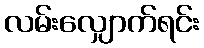
လမ်းလျှောက်ရင်း